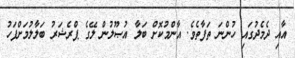
އާއި ދެމެދުގައި ހުންނަ ތަފާތެވެ. އާންމުކޮށް ބަލާ އުޞޫލުން ލޭގެ ޕްރެޝަރު ބަލާލުމަށްފަހު